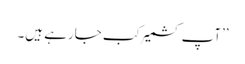
’’آپ کشمیر کب جارہے ہیں۔